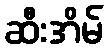
ဆီးအိမ်